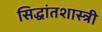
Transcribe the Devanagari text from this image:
सिद्धांतशास्त्री